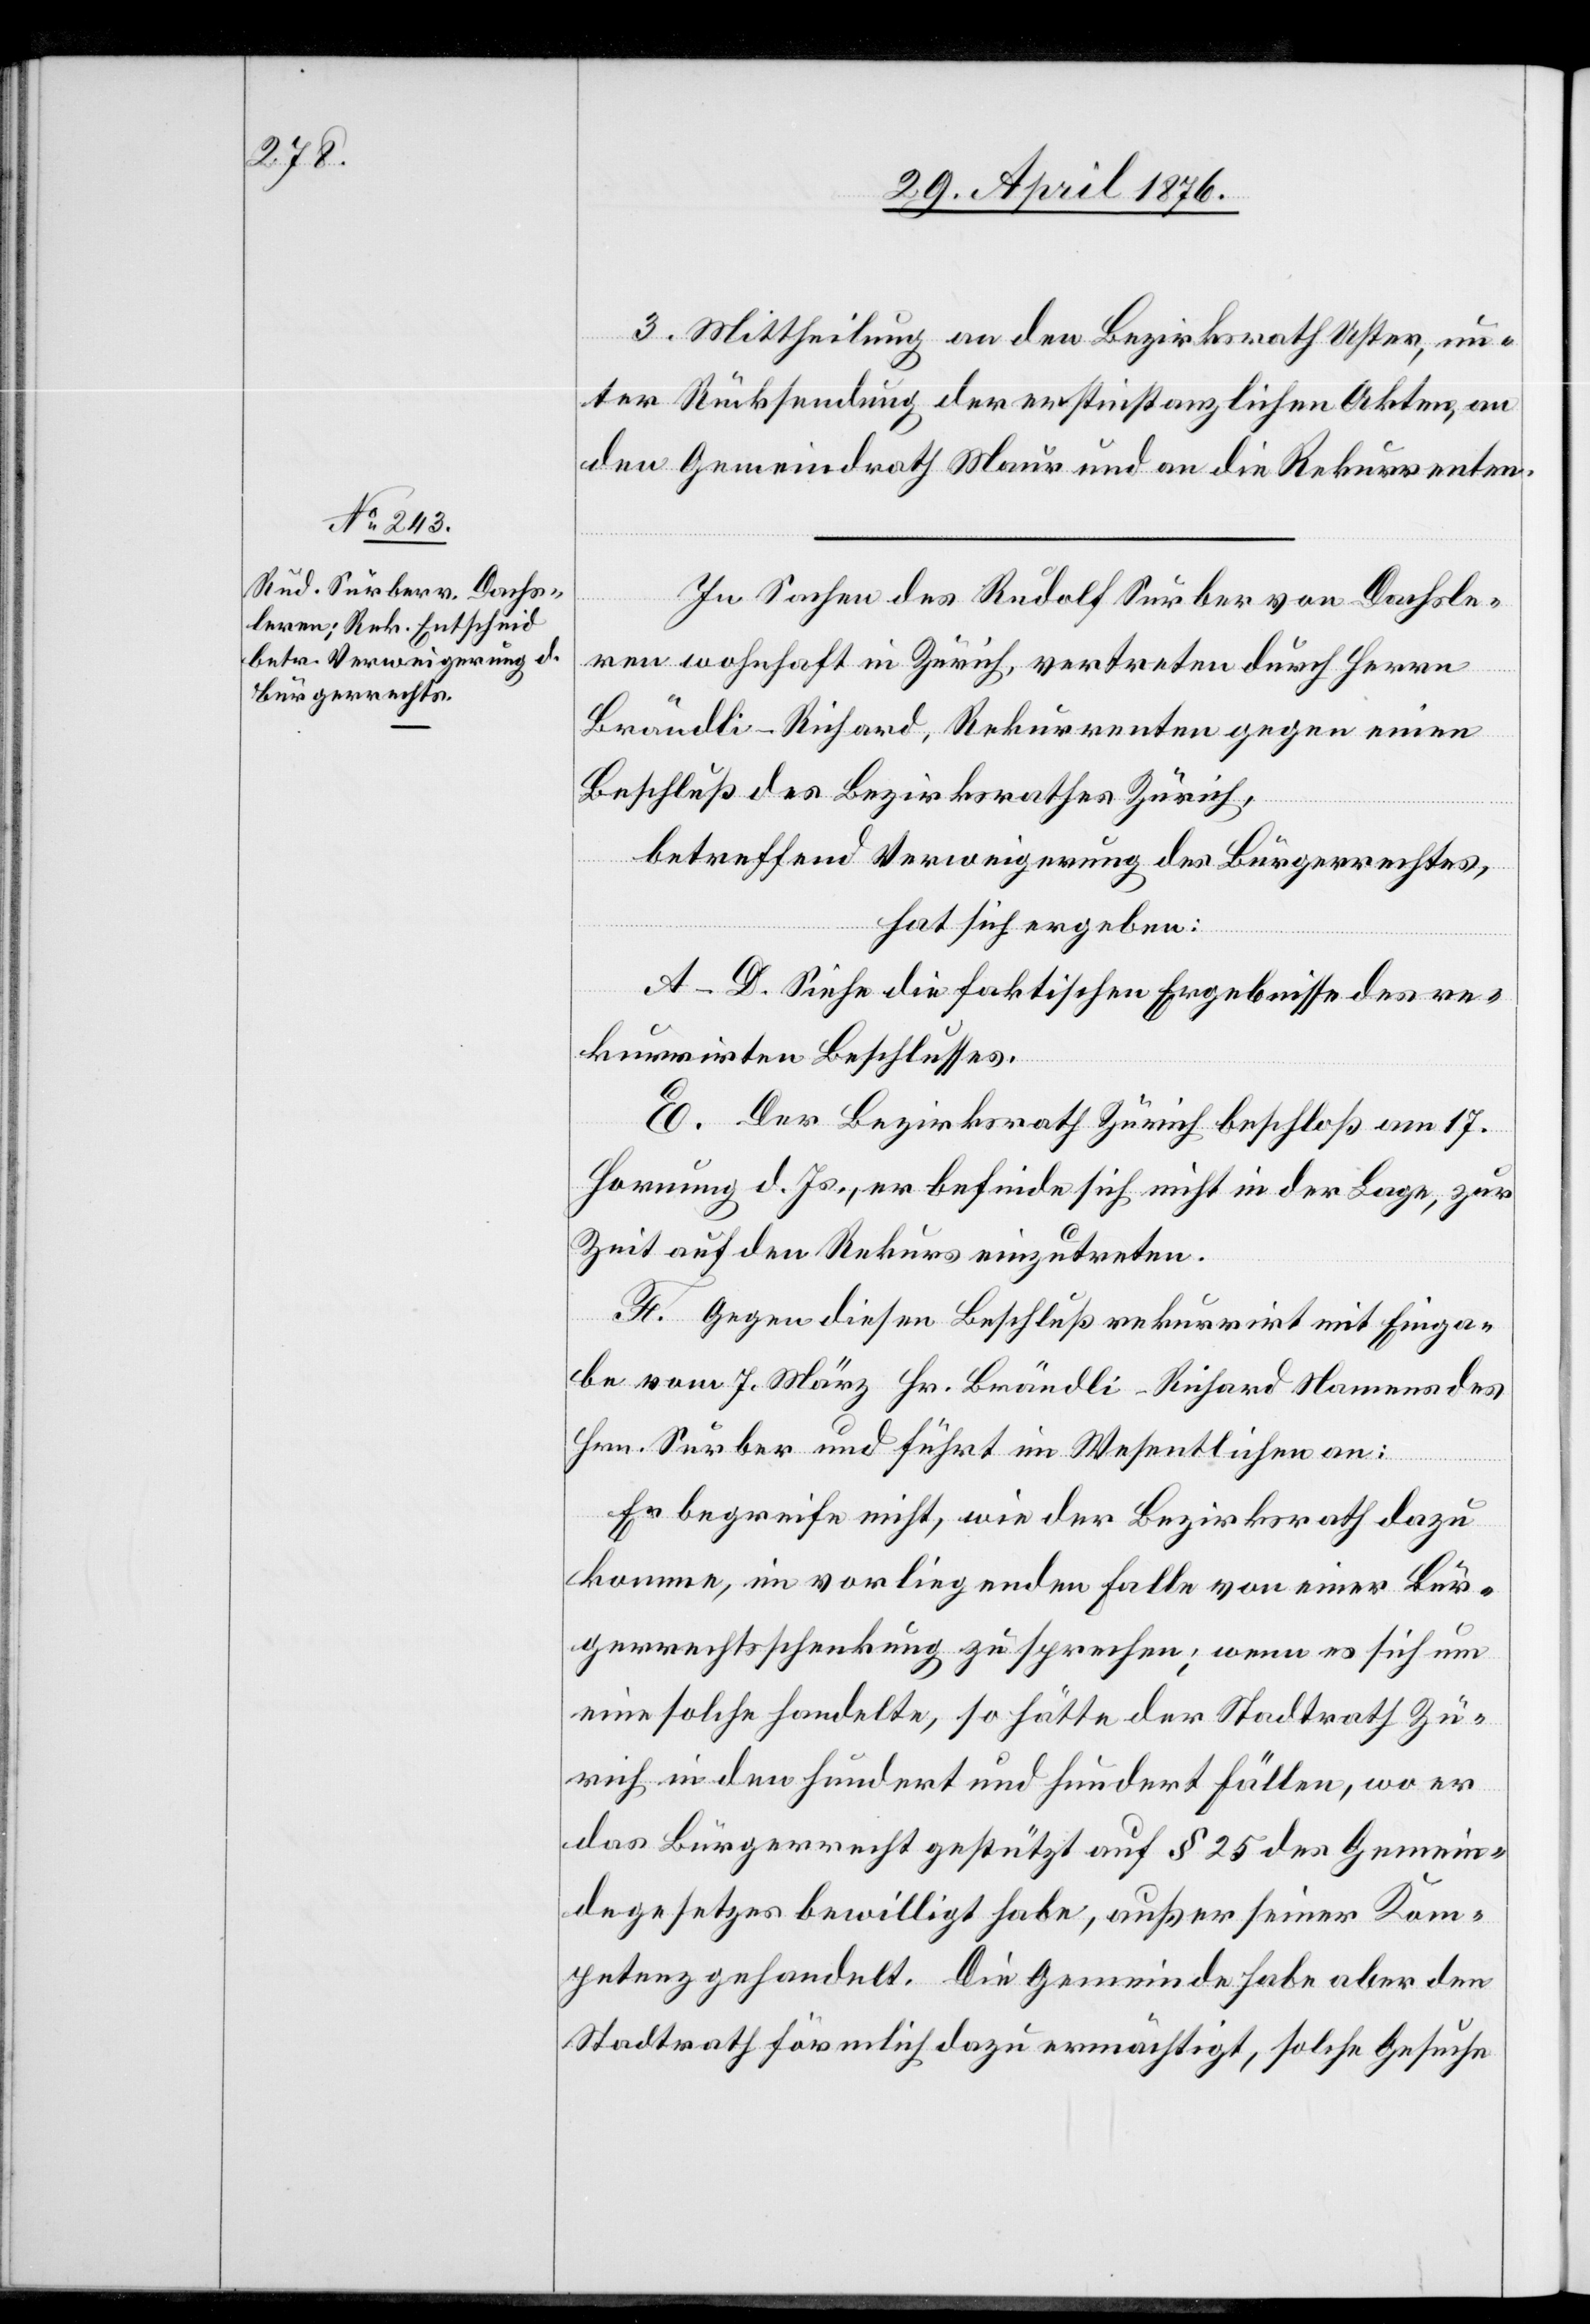
3. Mittheilung an den Bezirksrath Uster, un¬
ter Rücksendung der erstinstanzlichen Akten, an
den Gemeindrath Maur und an die Rekurrenten.
In Sachen des Rudolf Surber von Dachsle¬
ren wohnhaft in Zürich, vertreten durch Herrn
Brändli-Richard, Rekurrenten gegen einen
Beschluß des Bezirksrathes Zürich,
betreffend Verweigerung des Bürgerrechtes,
hat sich ergeben:
A–D. Siehe die faktischen Ergebnisse des re¬
kurrirten Beschlusses.
E. Der Bezirksrath Zürich beschloß am 17.
Hornung d. Js., er befinde sich nicht in der Lage, zur
Zeit auf den Rekurs einzutreten.
F. Gegen diesen Beschluß rekurrirt mit Einga¬
be vom 7. März Hr. Brändli-Richard Namens des
Hrn. Surber und führt im Wesentlichen an:
Er begreife nicht, wie der Bezirksrath dazu
komme, im vorliegenden Falle von einer Bür¬
gerrechtsschenkung zu sprechen; wenn es sich um
eine solche handelte, so hätte der Stadtrath Zü¬
rich in den hundert und hundert Fällen, wo er
das Bürgerrecht gestützt auf § 25 des Gemein¬
degesetzes bewilligt habe, außer seiner Kom¬
petenz gehandelt. Die Gemeinde habe aber den
Stadtrath förmlich dazu ermächtigt, solche Gesuche